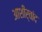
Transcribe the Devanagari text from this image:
आशीर्वांद